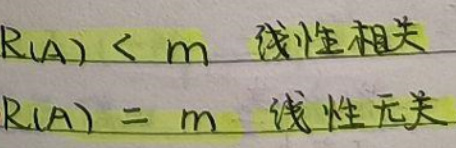
\(R(A)&<m\quad \)线性相关\\
\(R(A)&=m\quad \)线性无关